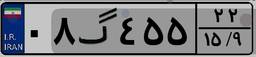
۰۸گ۴۵۵۲۲